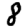
Digit: 8